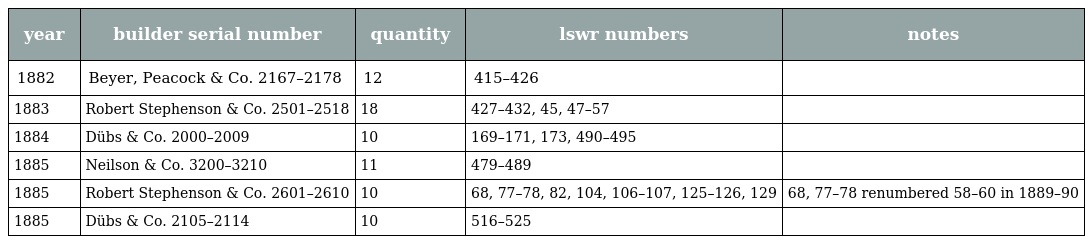
| year | builder serial number | quantity | lswr numbers | notes |
 | --- | --- | --- | --- | --- |
 | 1882 | Beyer, Peacock & Co. 2167–2178 | 12 | 415–426 |  |
 | 1883 | Robert Stephenson & Co. 2501–2518 | 18 | 427–432, 45, 47–57 |  |
 | 1884 | Dübs & Co. 2000–2009 | 10 | 169–171, 173, 490–495 |  |
 | 1885 | Neilson & Co. 3200–3210 | 11 | 479–489 |  |
 | 1885 | Robert Stephenson & Co. 2601–2610 | 10 | 68, 77–78, 82, 104, 106–107, 125–126, 129 | 68, 77–78 renumbered 58–60 in 1889–90 |
 | 1885 | Dübs & Co. 2105–2114 | 10 | 516–525 |  |